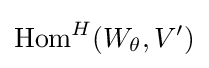
{\text{Hom}}^{H}(W_{\theta },V')